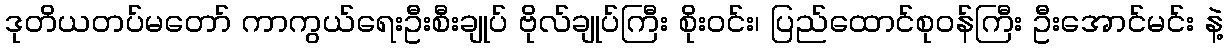
ဒုတိယတပ်မတော် ကာကွယ်ရေးဦးစီးချုပ် ဗိုလ်ချုပ်ကြီး စိုးဝင်း၊ ပြည်ထောင်စုဝန်ကြီး ဦးအောင်မင်း နဲ့